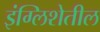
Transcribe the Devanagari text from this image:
इंग्लिशेतील